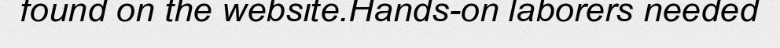
found on the website.Hands-on laborers needed